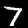
Label: 7